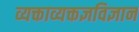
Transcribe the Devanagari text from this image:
व्यक्ताव्यक्तज्ञविज्ञान